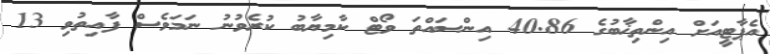
އެޕާޓީއަށް އިންތިޚާބުގެ 40.86 އިންސައްތަ ވޯޓް ކާމިޔާބު ކުރެވުނު ނަމަވެސް ފާއިތުވި 13